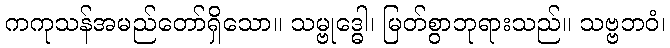
ကကုသန်အမည်တော်ရှိသော။ သမ္ဗုဒ္ဓေါ၊ မြတ်စွာဘုရားသည်။ သဗ္ဗဘဝံ၊